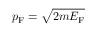
p _ { \mathrm { F } } = { \sqrt { 2 m E _ { \mathrm { F } } } }